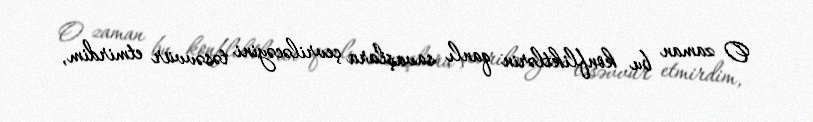
O zaman bu konfliktlərin qanlı savaşlara çevriləcəyini təsəvvür etmirdim,